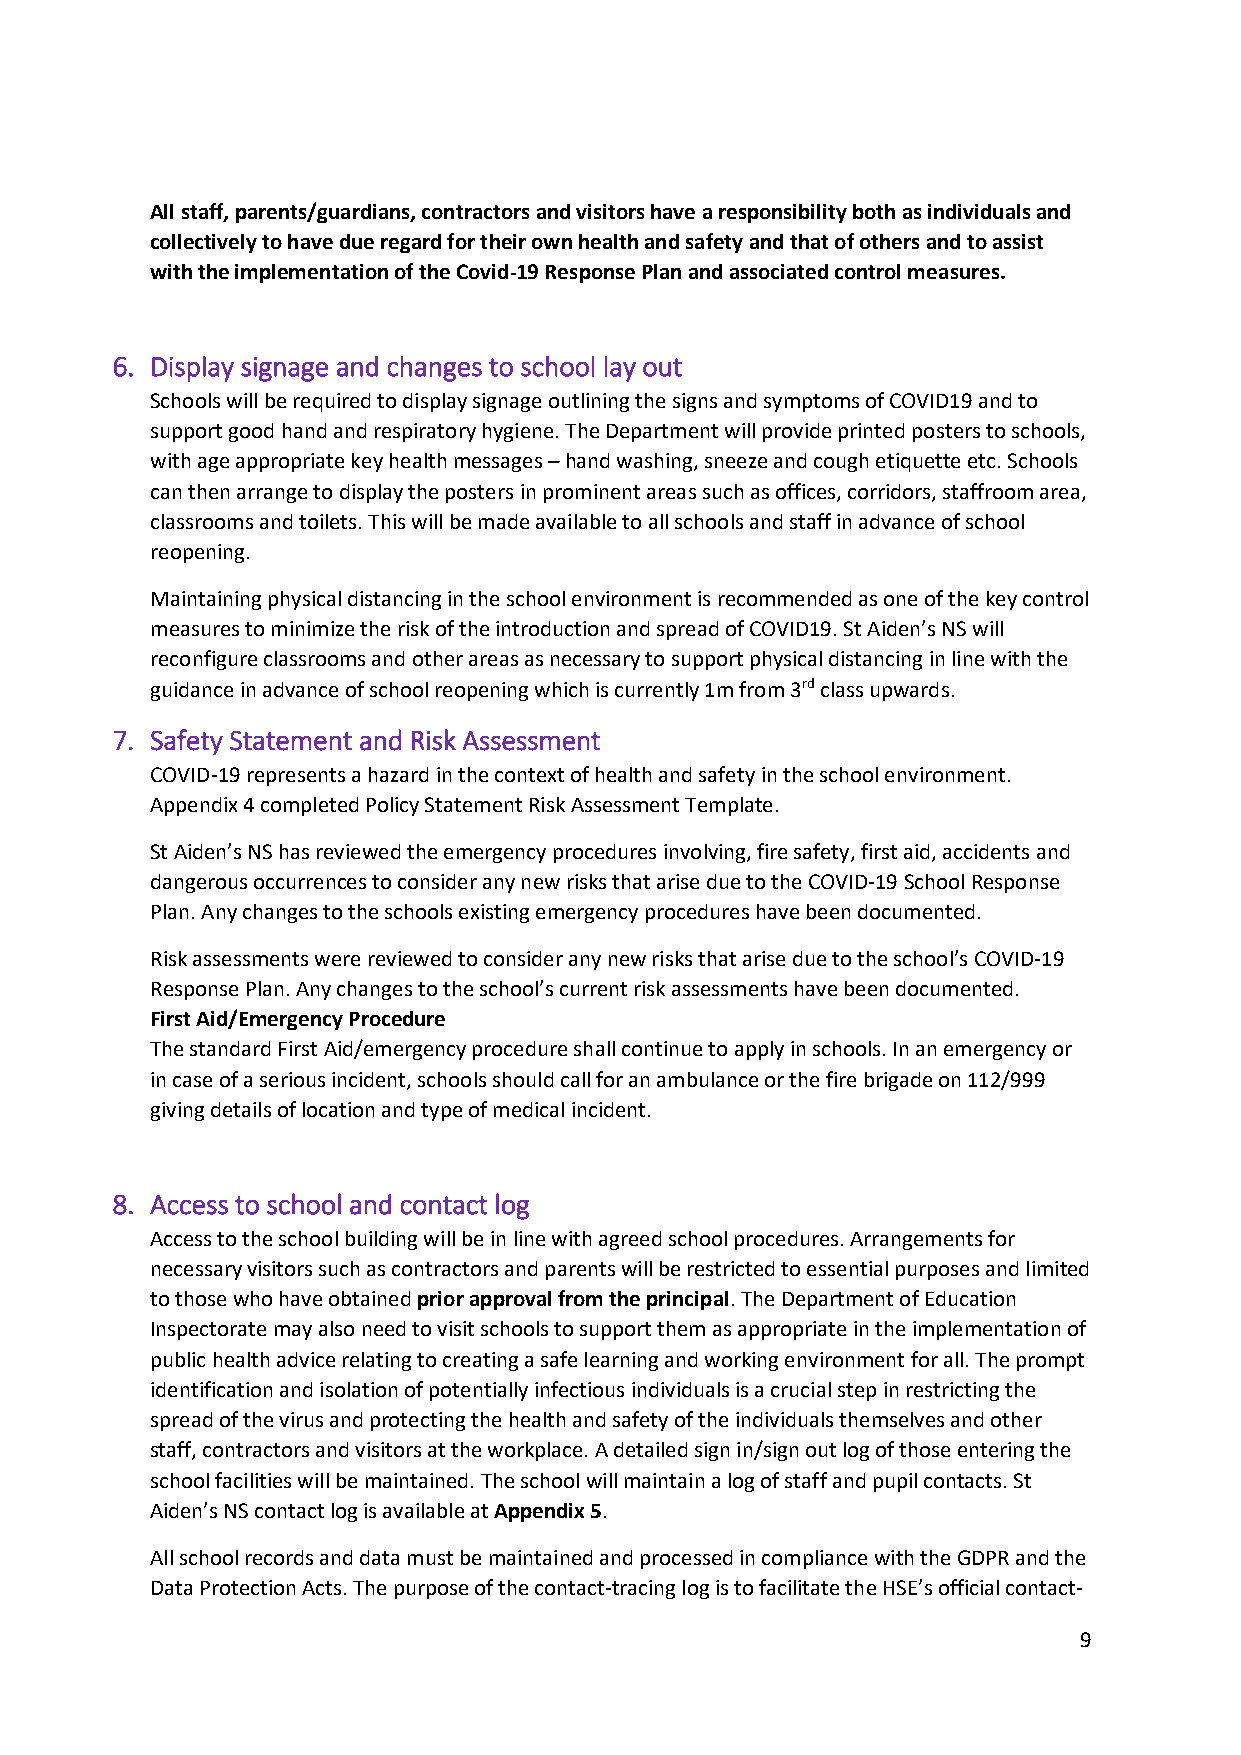
All staff, parents/guardians, contractors and visitors have a responsibility both as individuals and
 collectively to have due regard for their own health and safety and that of others and to assist
 with the implementation of the Covid-19 Response Plan and associated control measures.
 6. Display signage and changes to school lay out
 Schools will be required to display signage outlining the signs and symptoms of COVID19 and to
 support good hand and respiratory hygiene. The Department will provide printed posters to schools,
 with age appropriate key health messages – hand washing, sneeze and cough etiquette etc. Schools
 can then arrange to display the posters in prominent areas such as offices, corridors, staffroom area,
 classrooms and toilets. This will be made available to all schools and staff in advance of school
 reopening.
 Maintaining physical distancing in the school environment is recommended as one of the key control
 measures to minimize the risk of the introduction and spread of COVID19. St Aiden’s NS will
 reconfigure classrooms and other areas as necessary to support physical distancing in line with the
 guidance in advance of school reopening which is currently 1m from 3rd class upwards.
 7. Safety Statement and Risk Assessment
 COVID-19 represents a hazard in the context of health and safety in the school environment.
 Appendix 4 completed Policy Statement Risk Assessment Template.
 St Aiden’s NS has reviewed the emergency procedures involving, fire safety, first aid, accidents and
 dangerous occurrences to consider any new risks that arise due to the COVID-19 School Response
 Plan. Any changes to the schools existing emergency procedures have been documented.
 Risk assessments were reviewed to consider any new risks that arise due to the school’s COVID-19
 Response Plan. Any changes to the school’s current risk assessments have been documented.
 First Aid/Emergency Procedure
 The standard First Aid/emergency procedure shall continue to apply in schools. In an emergency or
 in case of a serious incident, schools should call for an ambulance or the fire brigade on 112/999
 giving details of location and type of medical incident.
 8. Access to school and contact log
 Access to the school building will be in line with agreed school procedures. Arrangements for
 necessary visitors such as contractors and parents will be restricted to essential purposes and limited
 to those who have obtained prior approval from the principal. The Department of Education
 Inspectorate may also need to visit schools to support them as appropriate in the implementation of
 public health advice relating to creating a safe learning and working environment for all. The prompt
 identification and isolation of potentially infectious individuals is a crucial step in restricting the
 spread of the virus and protecting the health and safety of the individuals themselves and other
 staff, contractors and visitors at the workplace. A detailed sign in/sign out log of those entering the
 school facilities will be maintained. The school will maintain a log of staff and pupil contacts. St
 Aiden’s NS contact log is available at Appendix 5.
 All school records and data must be maintained and processed in compliance with the GDPR and the
 Data Protection Acts. The purpose of the contact-tracing log is to facilitate the HSE’s official contact-
 9